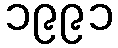
၁၉၉၁